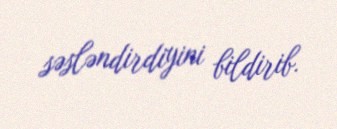
səsləndirdiyini bildirib.